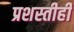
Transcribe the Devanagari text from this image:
प्रशस्तीही